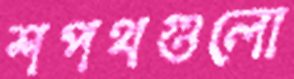
শপথগুলো